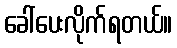
ခေါ်ပေးလိုက်ရတယ်။